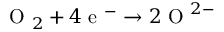
\mathrm { ~ O ~ } _ { 2 } + 4 \mathrm { ~ e ~ } ^ { - } \rightarrow 2 \mathrm { ~ O ~ } ^ { 2 - }